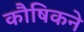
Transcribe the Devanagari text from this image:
कौषिकने